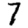
Digit: 7